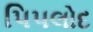
પિપલોદ